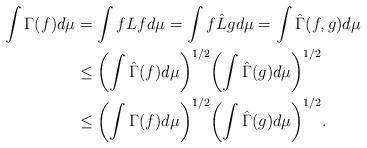
LaTeX: \begin{align*} \int \Gamma(f) d\mu &= \int fLf d\mu = \int f \hat{L} g d\mu = \int \hat{\Gamma}(f, g) d\mu \\ & \leq {\left(\int\hat{\Gamma}(f) d\mu\right)}^{1/2}{\left(\int\hat{\Gamma}(g) d\mu\right)}^{1/2} \\ &\leq {\left(\int\Gamma(f) d\mu\right)}^{1/2}{\left(\int\hat{\Gamma}(g) d\mu\right)}^{1/2}. \end{align*}